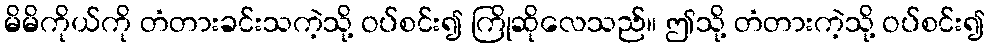
မိမိကိုယ်ကို တံတားခင်းသကဲ့သို့ ဝပ်စင်း၍ ကြိုဆိုလေသည်။ ဤသို့ တံတားကဲ့သို့ ဝပ်စင်း၍